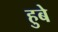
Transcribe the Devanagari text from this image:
हुबे